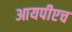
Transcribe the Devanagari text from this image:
आयपीएच